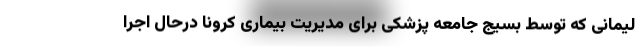
لیمانی که توسط بسیج جامعه پزشکی برای مدیریت بیماری کرونا درحال اجرا